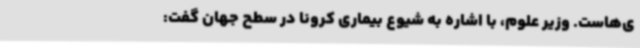
ی‌هاست. وزیر علوم، با اشاره به شیوع بیماری کرونا در سطح جهان گفت: